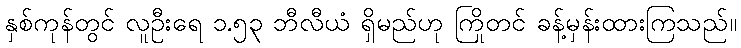
နှစ်ကုန်တွင် လူဦးရေ ၁.၅၃ ဘီလီယံ ရှိမည်ဟု ကြိုတင် ခန့်မှန်းထားကြသည်။